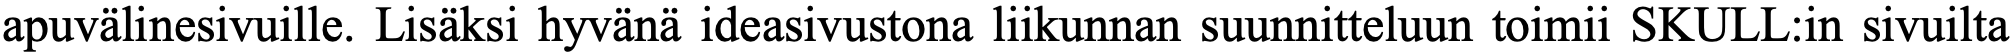
apuvälinesivuille. Lisäksi hyvänä ideasivustona liikunnan suunnitteluun toimii SKULL:in sivuilta